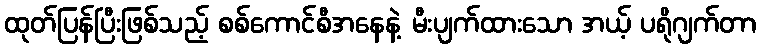
ထုတ်ပြန်ပြီးဖြစ်သည့် စစ်ကောင်စီအနေနဲ့ မီးပျက်ထားသော အယ့် ပရိုဂျက်တာ